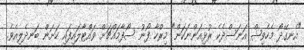
"އެނގޭދޯ މެހެވިޝް އަނަސްދެކެ ރުޅިއަންނަކަން" މިރްހާ ފޯނު ސޯފާމައްޗަށް ވައްޓާލައިފައި ހަށަން ބަނދެލިއެވެ.